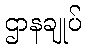
ဌာနချုပ်